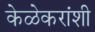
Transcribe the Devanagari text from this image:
केळेकरांशी